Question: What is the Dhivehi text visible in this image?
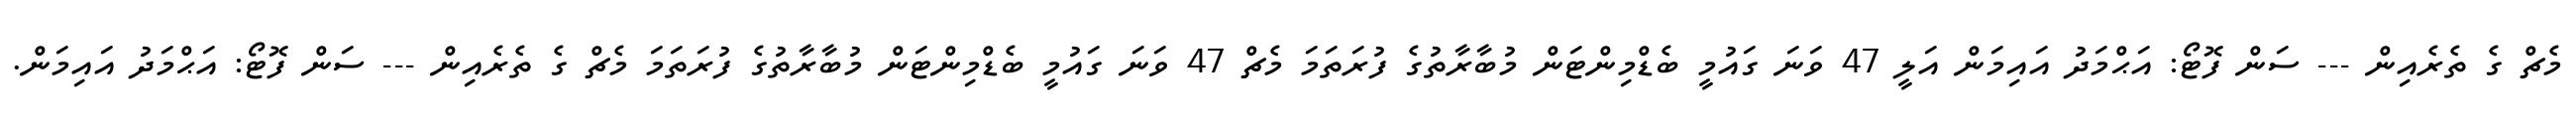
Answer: މެޗް ގެ ތެރެއިން --- ސަން ފޮޓޯ: އަޙްމަދު އައިމަން އަލީ 47 ވަނަ ގައުމީ ބެޑްމިންޓަން މުބާރާތުގެ ފުރަތަމަ މެޗް 47 ވަނަ ގައުމީ ބެޑްމިންޓަން މުބާރާތުގެ ފުރަތަމަ މެޗް ގެ ތެރެއިން --- ސަން ފޮޓޯ: އަޙްމަދު އައިމަން.